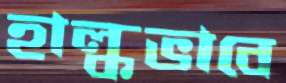
হাল্কভাবে